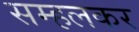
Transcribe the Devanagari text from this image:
सम्हलकर